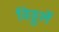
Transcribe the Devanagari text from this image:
विठ्ठलें